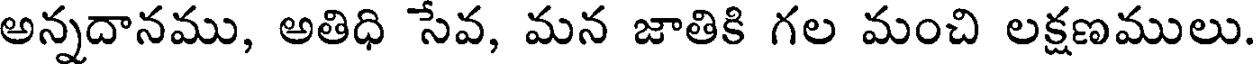
అన్నదానము, అతిధి సేవ, మన జాతికి గల మంచి లక్షణములు